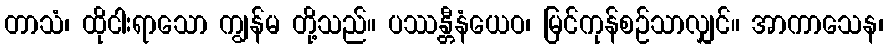
တာသံ၊ ထိုငါးရာသော ကျွန်မ တို့သည်။ ပဿန္တီနံယေဝ၊ မြင်ကုန်စဉ်သာလျှင်။ အာကာသေန၊